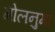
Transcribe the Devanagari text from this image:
गोलनुमा